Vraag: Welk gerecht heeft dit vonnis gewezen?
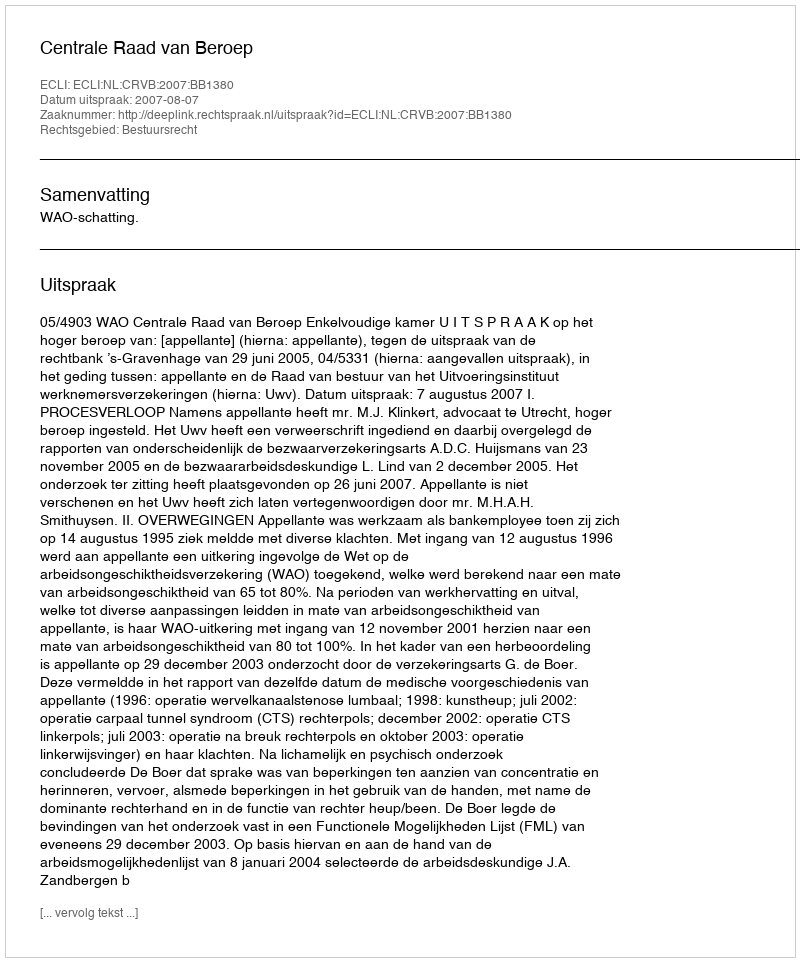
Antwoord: Centrale Raad van Beroep